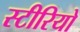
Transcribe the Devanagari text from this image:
स्‍टीरियो